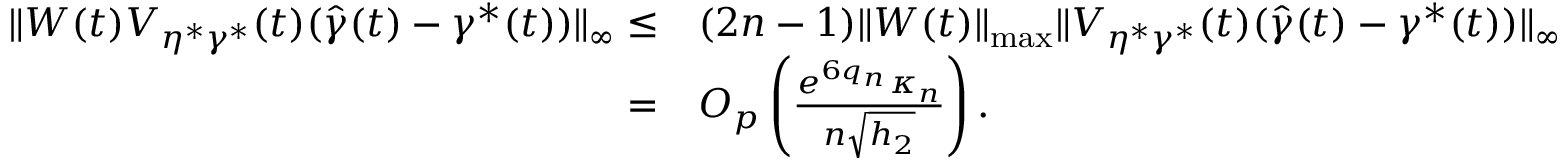
\begin{array} { r l } { \| W ( t ) V _ { \eta ^ { * } \gamma ^ { * } } ( t ) ( \widehat { \gamma } ( t ) - \gamma ^ { * } ( t ) ) \| _ { \infty } \le } & { ( 2 n - 1 ) \| W ( t ) \| _ { \operatorname* { m a x } } \| V _ { \eta ^ { * } \gamma ^ { * } } ( t ) ( \widehat { \gamma } ( t ) - \gamma ^ { * } ( t ) ) \| _ { \infty } } \\ { = } & { O _ { p } \left( \frac { e ^ { 6 q _ { n } } \kappa _ { n } } { n \sqrt { h _ { 2 } } } \right) . } \end{array}